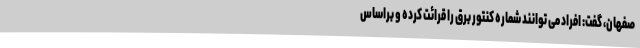
صفهان، گفت: افراد می توانند شماره کنتور برق را قرائت کرده و براساس